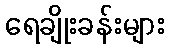
ရေချိုးခန်းများ